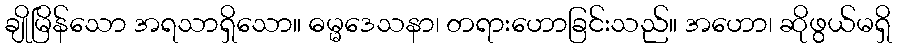
ချိုမြိန်သော အရသာရှိသော။ ဓမ္မဒေသနာ၊ တရားဟောခြင်းသည်။ အဟော၊ ဆိုဖွယ်မရှိ